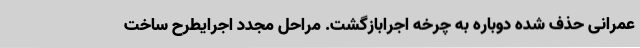
عمرانی حذف شده دوباره به چرخه اجرابازگشت. مراحل مجدد اجرایطرح ساخت